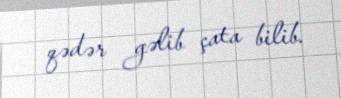
qədər gəlib çata bilib.